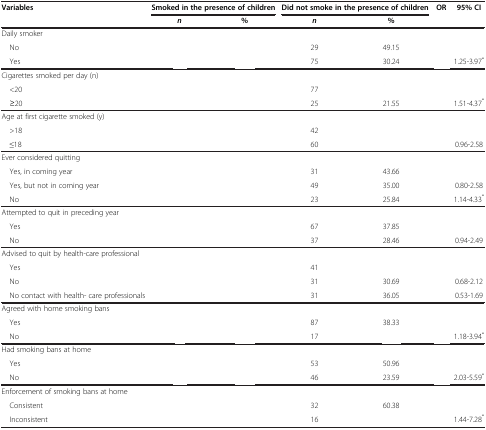
<table><thead><tr><td rowspan="2"><b>Variables</b></td><td colspan="2"><b>Smoked in the presence of children</b></td><td colspan="2"><b>Did not smoke in the presence of children</b></td><td rowspan="2"><b>OR</b></td><td rowspan="2"><b>95% CI</b></td></tr><tr><td><b><i>n</i></b></td><td><b>%</b></td><td><b><i>n</i></b></td><td><b>%</b></td></tr></thead><tbody><tr><td>Daily smoker</td><td>[EMPTY_CELL]</td><td>[EMPTY_CELL]</td><td>[EMPTY_CELL]</td><td>[EMPTY_CELL]</td><td>[EMPTY_CELL]</td><td>[EMPTY_CELL]</td></tr><tr><td> No</td><td>[EMPTY_CELL]</td><td>[EMPTY_CELL]</td><td>29</td><td>49.15</td><td>[EMPTY_CELL]</td><td>[EMPTY_CELL]</td></tr><tr><td> Yes</td><td>[EMPTY_CELL]</td><td>[EMPTY_CELL]</td><td>75</td><td>30.24</td><td>[EMPTY_CELL]</td><td>1.25-3.97<sup>*</sup></td></tr><tr><td>Cigarettes smoked per day (n)</td><td>[EMPTY_CELL]</td><td>[EMPTY_CELL]</td><td>[EMPTY_CELL]</td><td>[EMPTY_CELL]</td><td>[EMPTY_CELL]</td><td>[EMPTY_CELL]</td></tr><tr><td> &lt;20</td><td>[EMPTY_CELL]</td><td>[EMPTY_CELL]</td><td>77</td><td>[EMPTY_CELL]</td><td>[EMPTY_CELL]</td><td>[EMPTY_CELL]</td></tr><tr><td> ≥20</td><td>[EMPTY_CELL]</td><td>[EMPTY_CELL]</td><td>25</td><td>21.55</td><td>[EMPTY_CELL]</td><td>1.51-4.37<sup>*</sup></td></tr><tr><td>Age at first cigarette smoked (y)</td><td>[EMPTY_CELL]</td><td>[EMPTY_CELL]</td><td>[EMPTY_CELL]</td><td>[EMPTY_CELL]</td><td>[EMPTY_CELL]</td><td>[EMPTY_CELL]</td></tr><tr><td> &gt;18</td><td>[EMPTY_CELL]</td><td>[EMPTY_CELL]</td><td>42</td><td>[EMPTY_CELL]</td><td>[EMPTY_CELL]</td><td>[EMPTY_CELL]</td></tr><tr><td> ≤18</td><td>[EMPTY_CELL]</td><td>[EMPTY_CELL]</td><td>60</td><td>[EMPTY_CELL]</td><td>[EMPTY_CELL]</td><td>0.96-2.58</td></tr><tr><td>Ever considered quitting</td><td>[EMPTY_CELL]</td><td>[EMPTY_CELL]</td><td>[EMPTY_CELL]</td><td>[EMPTY_CELL]</td><td>[EMPTY_CELL]</td><td>[EMPTY_CELL]</td></tr><tr><td> Yes, in coming year</td><td>[EMPTY_CELL]</td><td>[EMPTY_CELL]</td><td>31</td><td>43.66</td><td>[EMPTY_CELL]</td><td>[EMPTY_CELL]</td></tr><tr><td> Yes, but not in coming year</td><td>[EMPTY_CELL]</td><td>[EMPTY_CELL]</td><td>49</td><td>35.00</td><td>[EMPTY_CELL]</td><td>0.80-2.58</td></tr><tr><td> No</td><td>[EMPTY_CELL]</td><td>[EMPTY_CELL]</td><td>23</td><td>25.84</td><td>[EMPTY_CELL]</td><td>1.14-4.33<sup>*</sup></td></tr><tr><td>Attempted to quit in preceding year</td><td>[EMPTY_CELL]</td><td>[EMPTY_CELL]</td><td>[EMPTY_CELL]</td><td>[EMPTY_CELL]</td><td>[EMPTY_CELL]</td><td>[EMPTY_CELL]</td></tr><tr><td> Yes</td><td>[EMPTY_CELL]</td><td>[EMPTY_CELL]</td><td>67</td><td>37.85</td><td>[EMPTY_CELL]</td><td>[EMPTY_CELL]</td></tr><tr><td> No</td><td>[EMPTY_CELL]</td><td>[EMPTY_CELL]</td><td>37</td><td>28.46</td><td>[EMPTY_CELL]</td><td>0.94-2.49</td></tr><tr><td>Advised to quit by health-care professional</td><td>[EMPTY_CELL]</td><td>[EMPTY_CELL]</td><td>[EMPTY_CELL]</td><td>[EMPTY_CELL]</td><td>[EMPTY_CELL]</td><td>[EMPTY_CELL]</td></tr><tr><td> Yes</td><td>[EMPTY_CELL]</td><td>[EMPTY_CELL]</td><td>41</td><td>[EMPTY_CELL]</td><td>[EMPTY_CELL]</td><td>[EMPTY_CELL]</td></tr><tr><td> No</td><td>[EMPTY_CELL]</td><td>[EMPTY_CELL]</td><td>31</td><td>30.69</td><td>[EMPTY_CELL]</td><td>0.68-2.12</td></tr><tr><td> No contact with health- care professionals</td><td>[EMPTY_CELL]</td><td>[EMPTY_CELL]</td><td>31</td><td>36.05</td><td>[EMPTY_CELL]</td><td>0.53-1.69</td></tr><tr><td>Agreed with home smoking bans</td><td>[EMPTY_CELL]</td><td>[EMPTY_CELL]</td><td>[EMPTY_CELL]</td><td>[EMPTY_CELL]</td><td>[EMPTY_CELL]</td><td>[EMPTY_CELL]</td></tr><tr><td> Yes</td><td>[EMPTY_CELL]</td><td>[EMPTY_CELL]</td><td>87</td><td>38.33</td><td>[EMPTY_CELL]</td><td>[EMPTY_CELL]</td></tr><tr><td> No</td><td>[EMPTY_CELL]</td><td>[EMPTY_CELL]</td><td>17</td><td>[EMPTY_CELL]</td><td>[EMPTY_CELL]</td><td>1.18-3.94<sup>*</sup></td></tr><tr><td>Had smoking bans at home</td><td>[EMPTY_CELL]</td><td>[EMPTY_CELL]</td><td>[EMPTY_CELL]</td><td>[EMPTY_CELL]</td><td>[EMPTY_CELL]</td><td>[EMPTY_CELL]</td></tr><tr><td> Yes</td><td>[EMPTY_CELL]</td><td>[EMPTY_CELL]</td><td>53</td><td>50.96</td><td>[EMPTY_CELL]</td><td>[EMPTY_CELL]</td></tr><tr><td> No</td><td>[EMPTY_CELL]</td><td>[EMPTY_CELL]</td><td>46</td><td>23.59</td><td>[EMPTY_CELL]</td><td>2.03-5.59<sup>*</sup></td></tr><tr><td>Enforcement of smoking bans at home</td><td>[EMPTY_CELL]</td><td>[EMPTY_CELL]</td><td>[EMPTY_CELL]</td><td>[EMPTY_CELL]</td><td>[EMPTY_CELL]</td><td>[EMPTY_CELL]</td></tr><tr><td> Consistent</td><td>[EMPTY_CELL]</td><td>[EMPTY_CELL]</td><td>32</td><td>60.38</td><td>[EMPTY_CELL]</td><td>[EMPTY_CELL]</td></tr><tr><td> Inconsistent</td><td>[EMPTY_CELL]</td><td>[EMPTY_CELL]</td><td>16</td><td>[EMPTY_CELL]</td><td>[EMPTY_CELL]</td><td>1.44-7.28<sup>*</sup></td></tr></tbody></table>